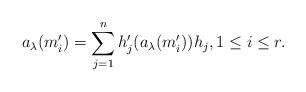
LaTeX: \begin{align*}a_{\lambda}(m'_i)=\sum^{n}_{j=1}h'_{j}(a_{\lambda}(m'_i))h_j,1\leq i\leq r.\end{align*}